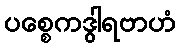
ပစ္စေကဒွါရဗာဟံ